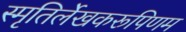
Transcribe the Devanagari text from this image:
स्मृतिर्लेखकरूपिणम